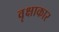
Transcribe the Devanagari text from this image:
वृक्षाकार